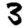
Digit: 3